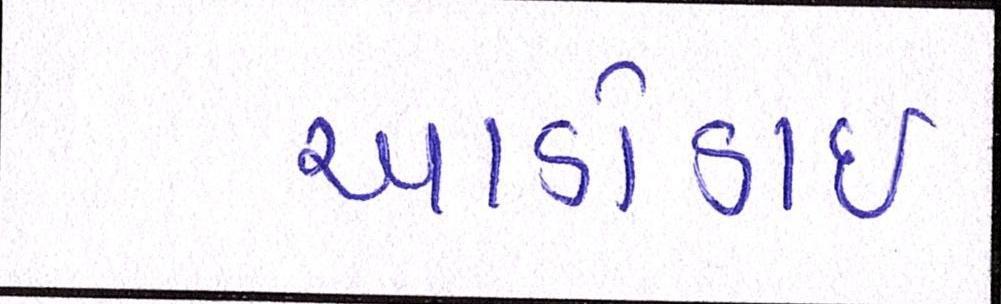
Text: આડોડાઈ